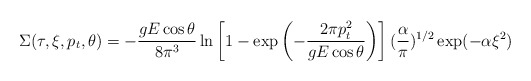
\begin{align*}\Sigma(\tau,\xi,p_t,\theta)=-\frac{gE \cos\theta}{8\pi^3} \ln \left[ 1-\exp \left(-{2\pi p_t^2 \over gE \cos\theta} \right) \right] ({\alpha \over \pi})^{1/2}\exp (-\alpha\xi^2)\end{align*}